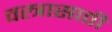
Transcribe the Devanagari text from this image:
वस्त्रासाठी